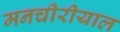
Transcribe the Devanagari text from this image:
मनचीरीयाल